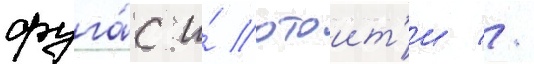
фуга́с и́ отоит'и //